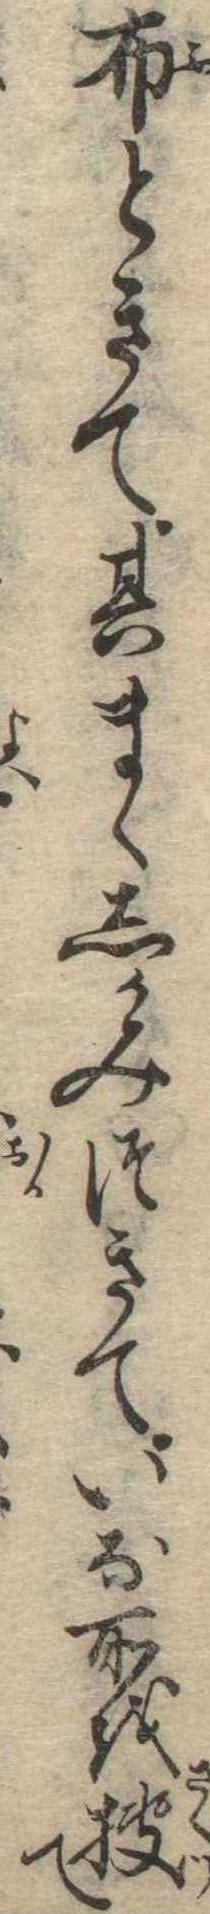
布ときて其まゝしかみつきていな所を捜て